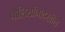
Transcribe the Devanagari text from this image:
पोलिसांनादेखील